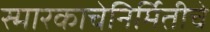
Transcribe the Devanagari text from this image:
स्मारकाचेनिर्मितीचे